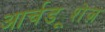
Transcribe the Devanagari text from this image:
आर्चड्यूशेज़